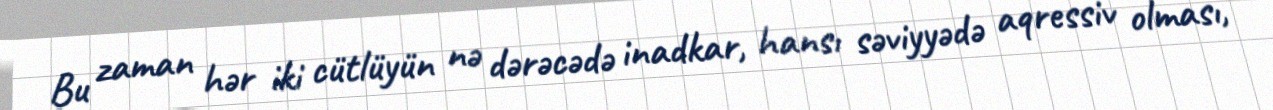
Bu zaman hər iki cütlüyün nə dərəcədə inadkar, hansı səviyyədə aqressiv olması,